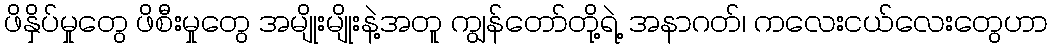
ဖိနှိပ်မှုတွေ ဖိစီးမှုတွေ အမျိုးမျိုးနဲ့အတူ ကျွန်တော်တို့ရဲ့ အနာဂတ်၊ ကလေးငယ်လေးတွေဟာ